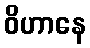
ဝိဟာနေ